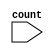
module disp(
input [3:0] count);

endmodule